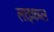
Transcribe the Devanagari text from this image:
लाइकब्ल